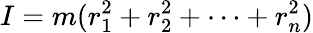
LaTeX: I=m(r_{1}^{2}+r_{2}^{2}+\cdots+r_{n}^{2})